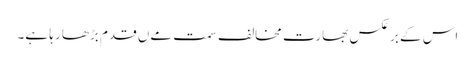
اس کے برعکس بھارت مخالف سمت مےں قدم بڑھا رہا ہے۔